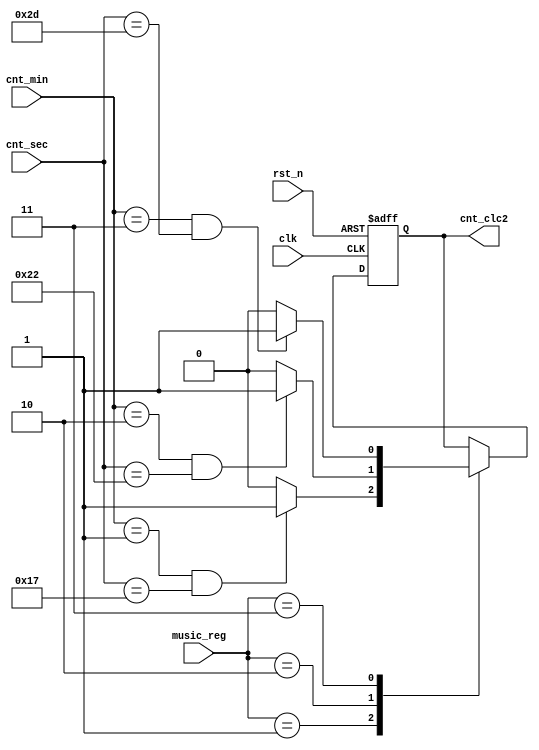
module clc_flag2
(
    input               clk             ,
    input               rst_n           ,
    input [1:0]         music_reg       ,
    input [7:0]         cnt_sec         ,
    input [7:0]         cnt_min         ,
    output reg          cnt_clc2        
);


    always @(posedge clk or negedge rst_n) begin
        if(!rst_n) cnt_clc2<= 0;
        else case(music_reg)
                2'd1: begin  if((cnt_min == 6'd1)&&(cnt_sec == 6'd23)) cnt_clc2 <= 1'b1;
                             else cnt_clc2 <= 1'b0;
                end
                2'd2: begin  if((cnt_min == 6'd2)&&(cnt_sec == 6'd34)) cnt_clc2 <= 1'b1;
                             else cnt_clc2 <= 1'b0;
                end
                2'd3: begin  if((cnt_min == 6'd3)&&(cnt_sec == 6'd45)) cnt_clc2 <= 1'b1;
                             else cnt_clc2 <= 1'b0;
                end
             endcase
    end



endmodule